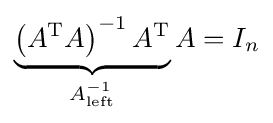
\underbrace {\left(A^{\text{T}}A\right)^{-1}A^{\text{T}}} _{A_{\text{left}}^{-1}}A=I_{n}